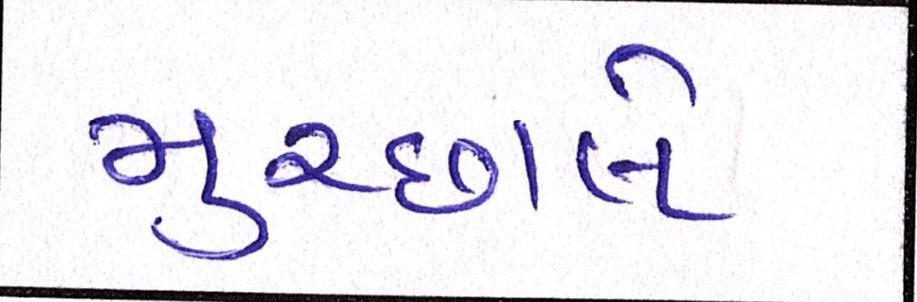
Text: મુચ્છાલે